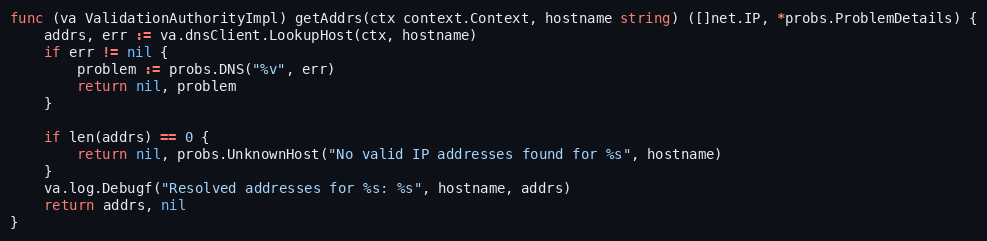
Language: Go
func (va ValidationAuthorityImpl) getAddrs(ctx context.Context, hostname string) ([]net.IP, *probs.ProblemDetails) {
	addrs, err := va.dnsClient.LookupHost(ctx, hostname)
	if err != nil {
		problem := probs.DNS("%v", err)
		return nil, problem
	}

	if len(addrs) == 0 {
		return nil, probs.UnknownHost("No valid IP addresses found for %s", hostname)
	}
	va.log.Debugf("Resolved addresses for %s: %s", hostname, addrs)
	return addrs, nil
}